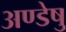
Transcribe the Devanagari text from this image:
अण्डेषु